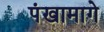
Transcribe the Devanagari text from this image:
पंखामागे